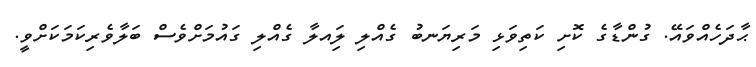
ޙާދަހެއްވައޭ. ގުންޑާގެ ކޮށި ކަތިވަޅި މަރިޔަނބު ގެއްލި ލަިއލާ ގެއްލި ގައުމަށްވެސް ބަލާވެރިކަމަކަށްވީ.